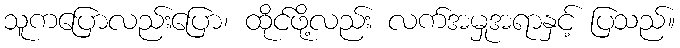
သူကပြောလည်းပြော၊ ထိုင်ဖို့လည်း လက်အမှုအရာနှင့် ပြသည်။